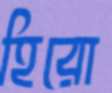
হিরো